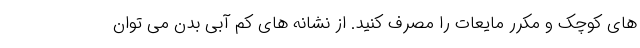
های کوچک و مکرر مایعات را مصرف کنید. از نشانه های کم آبی بدن می توان